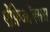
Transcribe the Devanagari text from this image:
ऐंफ़िऑक्सस